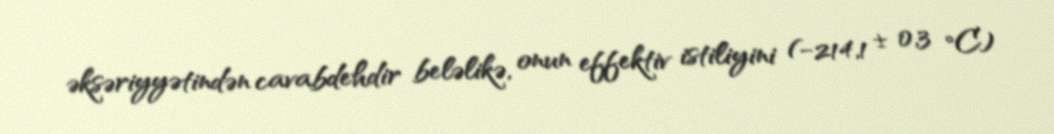
əksəriyyətindən cavabdehdir beləlikə, onun effektiv istiliyini (−214,1 ± 0,3 °C)